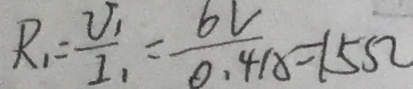
R _ { 1 } = \frac { V _ { 1 } } { I _ { 1 } } = \frac { 6 V } { 0 . 4 A } = 1 5 \Omega